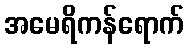
အမေရိကန်ရောက်